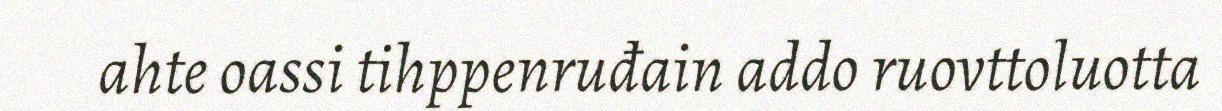
ahte oassi tihppenruđain addo ruovttoluotta